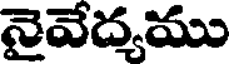
నైవేద్యము